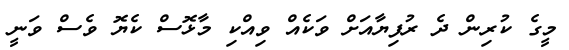
މީގެ ކުރިން ދެ ރުފިޔާއަށް ވަކެއް ވިއްކި މާޅޮސް ކެޔޮ ވެސް ވަނީ